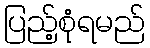
ပြည့်စုံရမည်